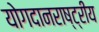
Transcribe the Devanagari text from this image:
योगदानराष्ट्रीय